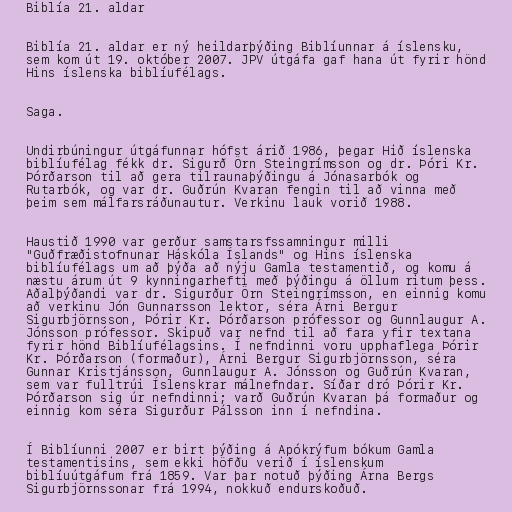
Biblía 21. aldar

Biblía 21. aldar er ný heildarþýðing Biblíunnar á íslensku,
sem kom út 19. október 2007. JPV útgáfa gaf hana út fyrir hönd
Hins íslenska biblíufélags.

Saga.

Undirbúningur útgáfunnar hófst árið 1986, þegar Hið íslenska
biblíufélag fékk dr. Sigurð Örn Steingrímsson og dr. Þóri Kr.
Þórðarson til að gera tilraunaþýðingu á Jónasarbók og
Rutarbók, og var dr. Guðrún Kvaran fengin til að vinna með
þeim sem málfarsráðunautur. Verkinu lauk vorið 1988.

Haustið 1990 var gerður samstarsfssamningur milli
"Guðfræðistofnunar Háskóla Íslands" og Hins íslenska
biblíufélags um að þýða að nýju Gamla testamentið, og komu á
næstu árum út 9 kynningarhefti með þýðingu á öllum ritum þess.
Aðalþýðandi var dr. Sigurður Örn Steingrímsson, en einnig komu
að verkinu Jón Gunnarsson lektor, séra Árni Bergur
Sigurbjörnsson, Þórir Kr. Þórðarson prófessor og Gunnlaugur A.
Jónsson prófessor. Skipuð var nefnd til að fara yfir textana
fyrir hönd Biblíufélagsins. Í nefndinni voru upphaflega Þórir
Kr. Þórðarson (formaður), Árni Bergur Sigurbjörnsson, séra
Gunnar Kristjánsson, Gunnlaugur A. Jónsson og Guðrún Kvaran,
sem var fulltrúi Íslenskrar málnefndar. Síðar dró Þórir Kr.
Þórðarson sig úr nefndinni; varð Guðrún Kvaran þá formaður og
einnig kom séra Sigurður Pálsson inn í nefndina.

Í Biblíunni 2007 er birt þýðing á Apókrýfum bókum Gamla
testamentisins, sem ekki höfðu verið í íslenskum
biblíuútgáfum frá 1859. Var þar notuð þýðing Árna Bergs
Sigurbjörnssonar frá 1994, nokkuð endurskoðuð.